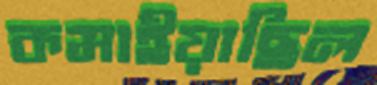
কমাইয়াছিল